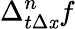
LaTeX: \Delta_{t\Delta\mathit{x}}^{n}f